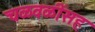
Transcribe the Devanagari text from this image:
चळवळींसह